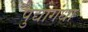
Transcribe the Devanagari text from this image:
पुद्यागंधा